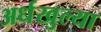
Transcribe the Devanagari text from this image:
अर्धखुल्या